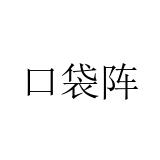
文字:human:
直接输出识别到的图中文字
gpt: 口袋阵